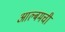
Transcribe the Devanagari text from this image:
आल्बमची